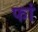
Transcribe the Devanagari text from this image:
फां